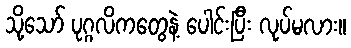
သို့သော် ပုဂ္ဂလိကတွေနဲ့ ပေါင်းပြီး လုပ်မလား။